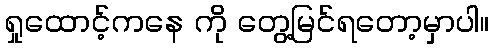
ရှုထောင့်ကနေ ကို တွေ့မြင်ရတော့မှာပါ။